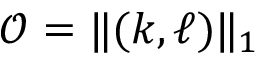
\mathcal { O } = \| ( \boldsymbol { k } , \boldsymbol { \ell } ) \| _ { 1 }